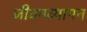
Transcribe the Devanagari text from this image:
जीवनव्यापन